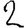
Digit: 2